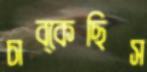
চাব্‌কেছিস